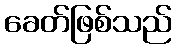
ခေတ်ဖြစ်သည်